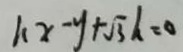
1 . x - y + \sqrt { 3 } h = 0